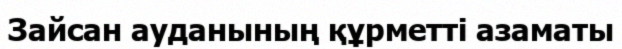
Зайсан ауданының құрметті азаматы